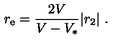
r _ { \mathrm { e } } = { \frac { 2 V } { { V } - V _ { * } } } | r _ { 2 } | \ .